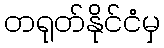
တရုတ်နိုင်ငံမှ